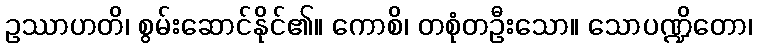
ဥဿာဟတိ၊ စွမ်းဆောင်နိုင်၏။ ကောစိ၊ တစုံတဦးသော။ သောပဏ္ဍိတော၊